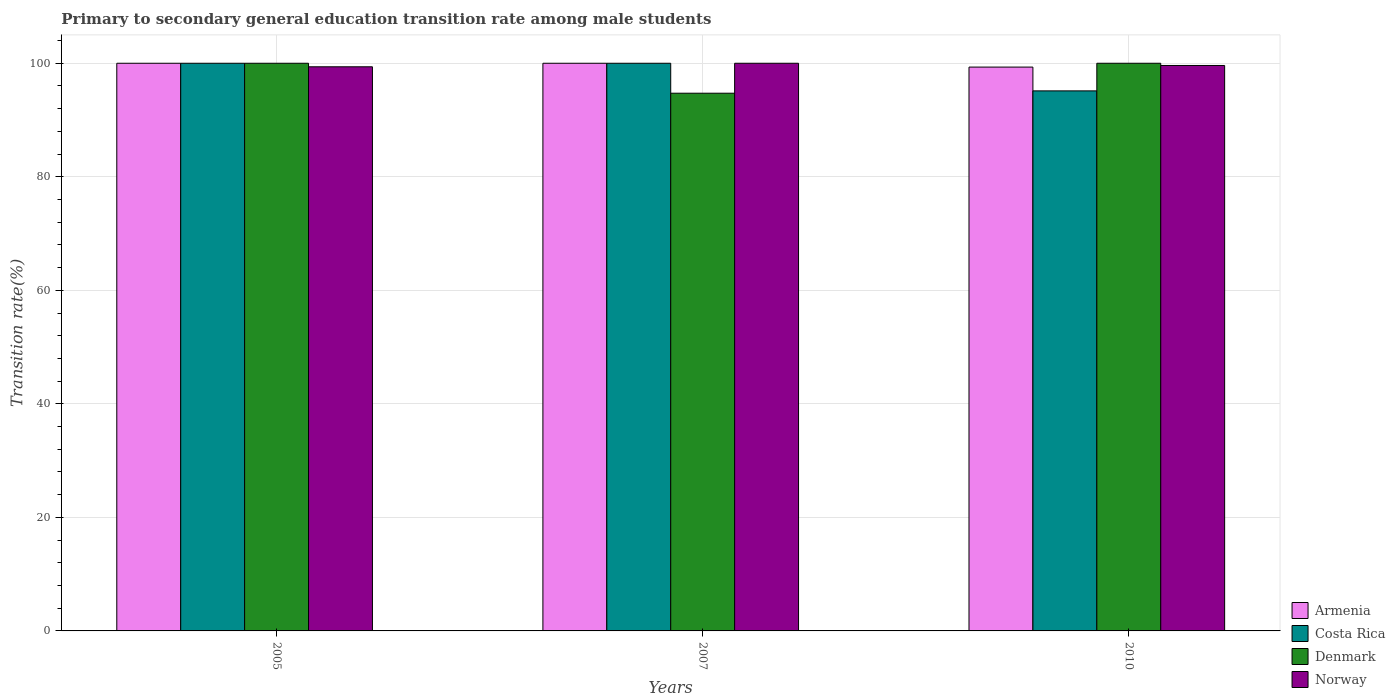
| Years | Armenia | Costa Rica | Denmark | Norway |
 | --- | --- | --- | --- | --- |
 | 2005 | 100 | 100 | 100 | 99.4 |
 | 2007 | 100 | 100 | 94.7 | 100 |
 | 2010 | 99.3 | 95.1 | 100 | 99.6 |